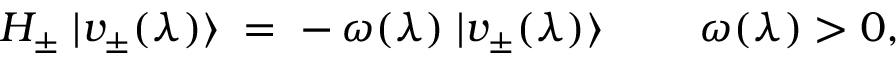
{ \cal H } _ { \pm } \; | v _ { \pm } ( \lambda ) \rangle \; = \; - \, \omega ( \lambda ) \; | v _ { \pm } ( \lambda ) \rangle \; \qquad \omega ( \lambda ) > 0 ,